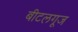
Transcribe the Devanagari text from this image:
बीटलगूज